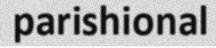
parishional